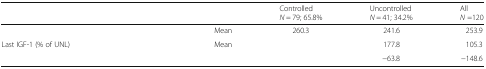
<table><thead><tr><td colspan="2">[EMPTY_CELL]</td><td><b>Controlled<i>N</i> = 79; 65.8%</b></td><td><b>Uncontrolled<i>N</i> = 41; 34.2%</b></td><td><b>All<i>N</i> =120</b></td></tr></thead><tbody><tr><td>[EMPTY_CELL]</td><td>Mean</td><td>260.3</td><td>241.6</td><td>253.9</td></tr><tr><td>Last IGF-1 (% of UNL)</td><td>Mean</td><td>[EMPTY_CELL]</td><td>177.8</td><td>105.3</td></tr><tr><td>[EMPTY_CELL]</td><td>[EMPTY_CELL]</td><td>[EMPTY_CELL]</td><td>−63.8</td><td>−148.6</td></tr></tbody></table>